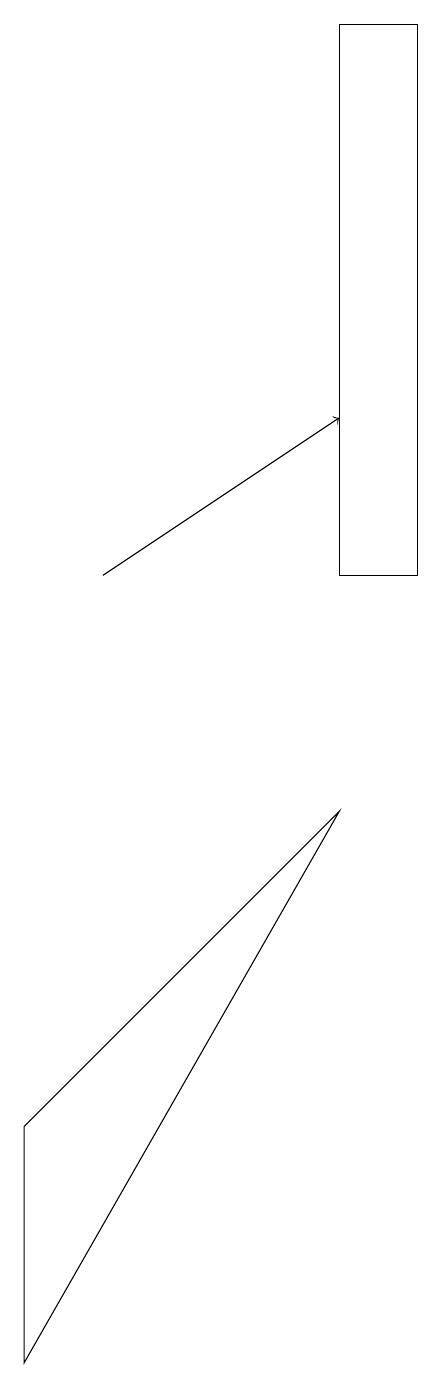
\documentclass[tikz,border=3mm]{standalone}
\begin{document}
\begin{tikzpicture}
\draw (5,19) rectangle (6,12);
\draw (1,5) -- (1,2) -- (5,9) -- cycle;
\draw[->] (2,12) -- (5,14);
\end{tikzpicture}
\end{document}